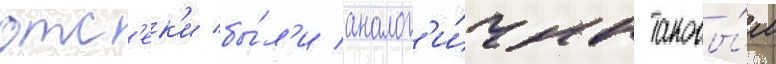
отс'ек'и бы́л'и аналог'и́чны таковы́м